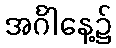
အင်္ဂါနေ့၌